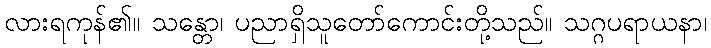
လားရကုန်၏။ သန္တော၊ ပညာရှိသူတော်ကောင်းတို့သည်။ သဂ္ဂပရာယနာ၊